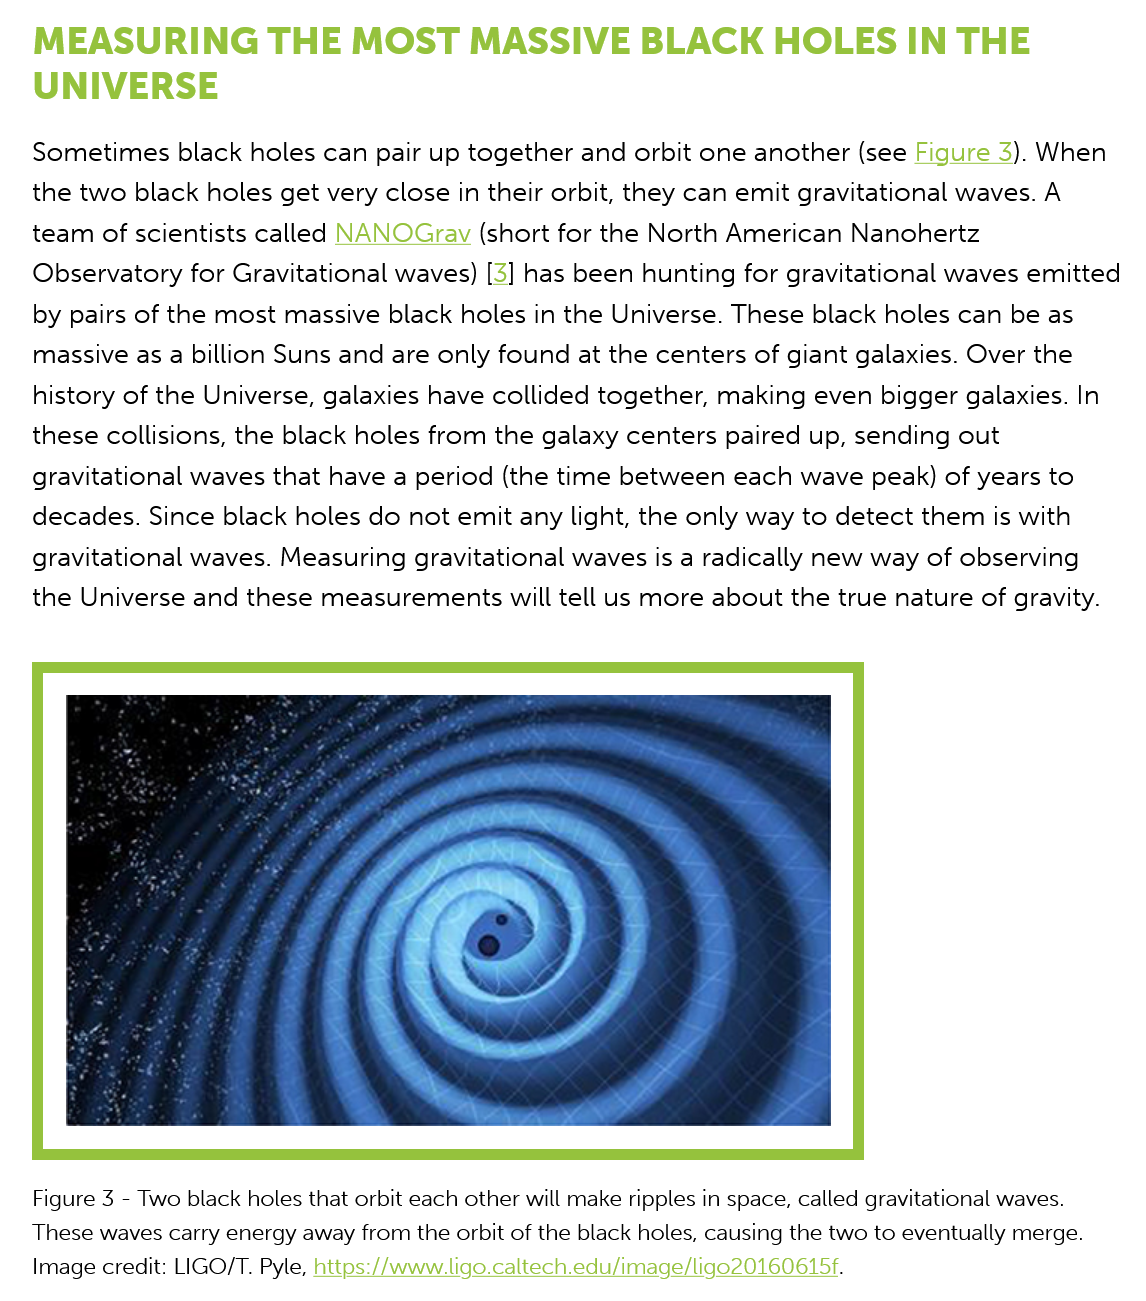
MEASURING    THE    MOST    MASSIVE    BLACK    HOLES   IN    THE
   UNIVERSE
   Sometimes black   holes can pair up together and orbit one another (see Figure 3). When
   the two black holes get very close in their orbit, they can emit gravitational waves. A
   team  of scientists called NANOGrav (short for the North American Nanohertz
   Observatory  for Gravitational waves) [3] has been hunting for gravitational waves emitted
   by pairs of the most massive black holes in the Universe. These black holes can be as
   massive as a billion Suns and are only found at the centers of giant galaxies. Over the
   history of the Universe, galaxies have collided together, making even bigger galaxies. In
   these collisions, the black holes from the galaxy centers paired up, sending out
   gravitational waves that have a period (the time between each wave peak) of years to
   decades. Since black holes do not emit any light, the only way to detect them is with
   gravitational waves. Measuring gravitational waves is a radically new way of observing
   the Universe and these measurements  will tell us more about the true nature of gravity.

   Figure 3
     -
     Two black holes that orbit each other will make ripples in space, called gravitational waves.
   These waves carry energy away from the orbit of the black holes, causing the two to eventually merge.
   Image credit: LIGO/T. Pyle, https://www.ligo.caltech.edu/image/ligo20160615f.